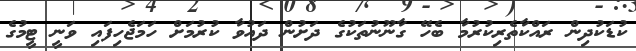
ކުޑަކުދިން ރައްކާތެރިކުރުމާ ބެހޭ ގާނޫނުތަކުގެ ދަށުން ދައުވާ ކުރުމަށް ހަމަޖެހިފައި ވަނީ ޓީމުގެ